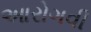
આરોગવી